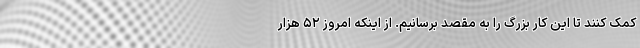
کمک کنند تا این کار بزرگ را به مقصد برسانیم. از اینکه امروز ۵۲ هزار